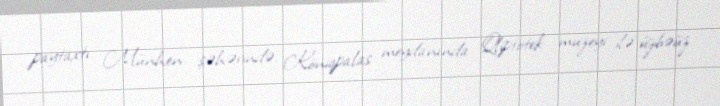
paytaxtı Münhen şəhərində, Köniqpalas meydanında Qliptotek muzeyi ilə üzbəüz